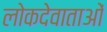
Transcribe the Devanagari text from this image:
लोकदेवाताओं